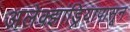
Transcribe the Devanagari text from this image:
अलेक्झांड्रियापासून